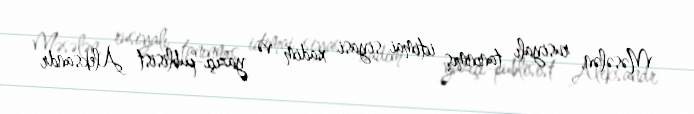
Məsələn, rusiyalı tanınmış ictimai-siyasi xadim və yazıçı-publisist Aleksandr